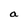
Character: a